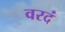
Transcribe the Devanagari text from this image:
वरदं